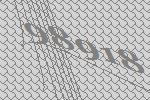
98918